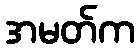
အမတ်က